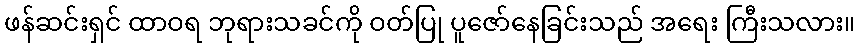
ဖန်ဆင်းရှင် ထာဝရ ဘုရားသခင်ကို ဝတ်ပြု ပူဇော်နေခြင်းသည် အရေး ကြီးသလား။